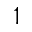
1